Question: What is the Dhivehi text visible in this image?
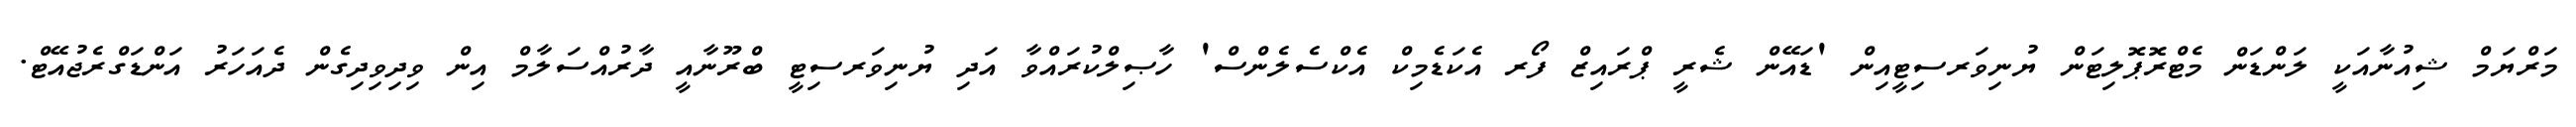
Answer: މަރްޔަމް ޝިއުނާއަކީ ލަންޑަން މެޓްރޮޕޮލިޓަން ޔުނިވަރސިޓީއިން 'ޑައޭން ޝެރީ ޕްރައިޒް ފޯރ އެކަޑެމިކް އެކްސެލެންސް' ހާޞިލްކުރައްވާ އަދި ޔުނިވަރސިޓީ ބްރޫނާއީ ދާރުއްސަލާމް އިން ވިދިވިދިގެން ދެއަހަރު އަންޑަގްރެޖުއޭޓް.